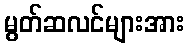
မွတ်ဆလင်များအား